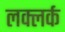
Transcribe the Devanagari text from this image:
लक्लर्क